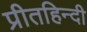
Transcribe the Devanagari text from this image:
प्रीतहिन्दी